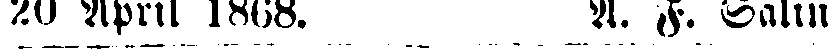
20 April 1868. A. F. Salin